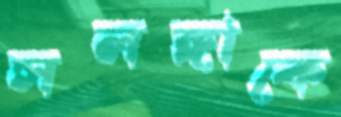
সলঙ্গাকে